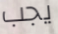
يجب